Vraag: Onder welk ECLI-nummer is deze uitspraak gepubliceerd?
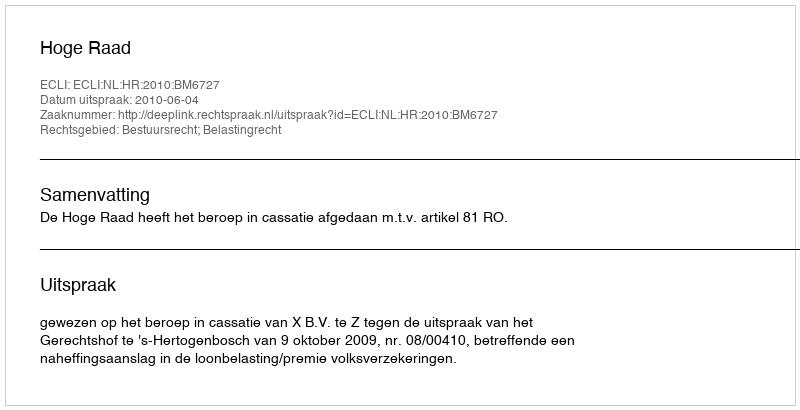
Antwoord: ECLI:NL:HR:2010:BM6727